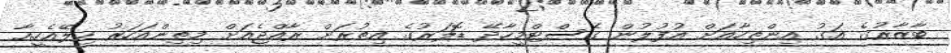
ބާޒާރުގެ އަގު އިންތިހާއަށް އުފުލުން ގެސްޓްމީހާދޭ ޑޮލަރުގެ އިތުރަށް ރާއްޖެއަށް މިތިންއަހަރު ހިލޭއެހީއާ